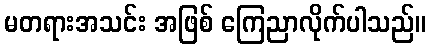
မတရားအသင်း အဖြစ် ကြေညာလိုက်ပါသည်။